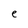
Character: e